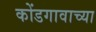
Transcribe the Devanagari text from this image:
कोंडगावाच्या